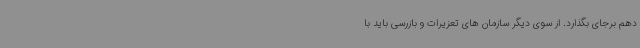
دهم برجای بگذارد. از سوی دیگر سازمان های تعزیرات و بازرسی باید با